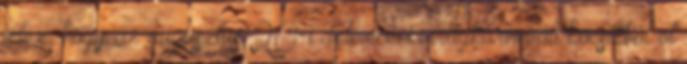
jelez, hogy az augusztus 20-i debreceni virágkarneváli kocsikból öt